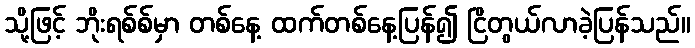
သို့ဖြင့် ဘိုးရစ်စ်မှာ တစ်နေ့ ထက်တစ်နေ့ပြန်၍ ငြိတွယ်လာခဲ့ပြန်သည်။